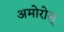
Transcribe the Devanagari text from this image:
अमोरोस्